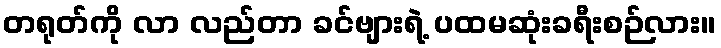
တရုတ်ကို လာ လည်တာ ခင်ဗျားရဲ့ ပထမဆုံးခရီးစဉ်လား။